Annual report of the Camel Specialist
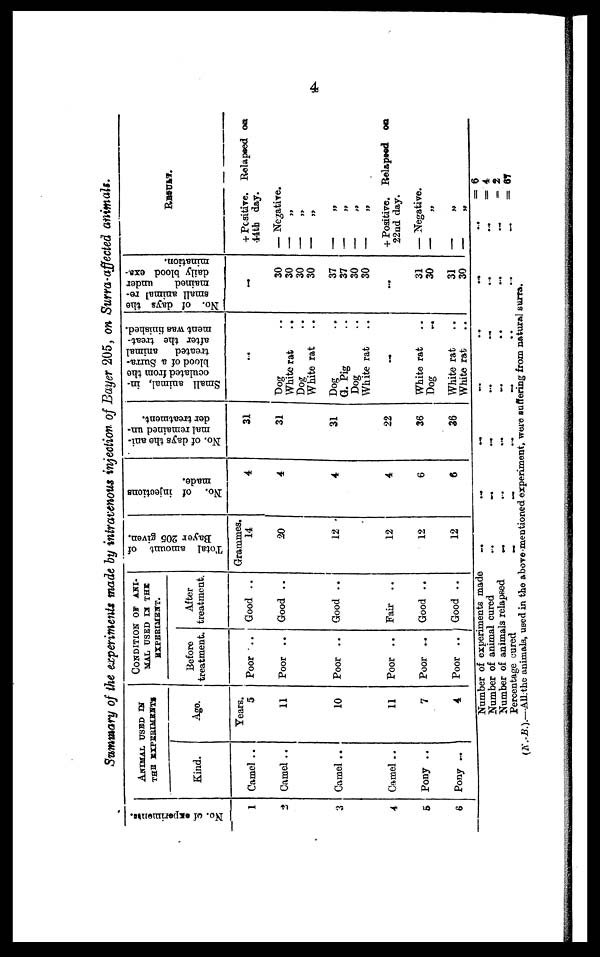
4
Summary of the experiments made by intravenous injection of Bayer 205, on Surra-affected animals.
No. of experiments.
1
2
3
4
5
6
ANIMAL USED IN
THE EXPERIMENTS
Kind.
Camel ..
Camel ..
Camel ..
Camel ..
Pony ..
Pony ...
Age.
Years.
5
11
10
11
7
4
CONDITION OF ANI-
MAL USED IN THE
EXPERIMENT.
Before
treatment.
Poor ..
Poor ..
Poor ..
Poor ..
Poor ...
Poor ..
After
treatment.
Good ..
Good ..
Good ..
Fair ..
Good ..
Good ..
Total amount of
Bayer 205 given.
Grammes.
14
20
12
12
12
12
No. of injections
made.
4
4
4
4
6
6
No. of days the ani-
mal remained un-
der treatment.
31
31
31
22
36
36
Small animal, in-
oculated from the
blood of a Surra¬
treated
animal
after the treat-
ment was finished.
...
Dog ..
White rat ..
Dog ..
White rat ..
Dog ..
G. Pig ..
Dog ..
White rat ..
...
White rat ..
Dog ..
White rat ..
White rat ..
No. of days the
small animal re-
mained
under
daily blood exa-
mination.
...
30
30
30
30
37
37
30
30
...
31
30
31
30
RESULT.
+ Positive. Relapsed on
44th day.
— Negative.
— „
— „
— „
— „
— „
— „
+ Positive. Relapsed on
22nd day.
— Negative.
—— „
—— „
Number of experiments made
Number of animal cured
Number of animals relapsed
Percentage cured
...
...
...
...
...
...
...
...
...
...
...
...
...
...
...
...
...
...
...
...
...
...
...
...
(N.B.).—All the animals, used in the above-mentioned experi¬
ment, were suffering from natural surra.
...
...
...
...
= 6
= 4
= 2
= 67